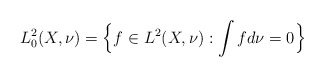
\begin{align*}L^2_0(X,\nu)=\Bigl\{f\in L^2(X,\nu):\int fd\nu=0\Bigr\}\end{align*}